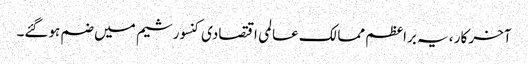
آخر کار ، یہ براعظم ممالک عالمی اقتصادی کنسورشیم میں ضم ہوگئے۔